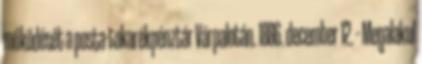
működését a posta-takarékpénztár Várpalotán. 1886. december 12. – Megalakul